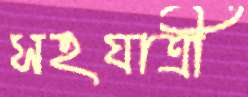
সহযাত্রী